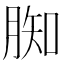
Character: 𦝔